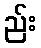
ည်း